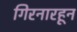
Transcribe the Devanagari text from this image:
गिरनारहून